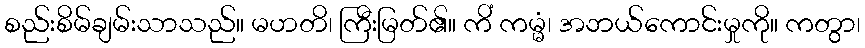
စည်းစိမ်ချမ်းသာသည်။ မဟတိ၊ ကြီးမြတ်၏။ ကိံ ကမ္မံ၊ အဘယ်ကောင်းမှုကို။ ကတွာ၊